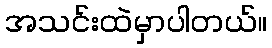
အသင်းထဲမှာပါတယ်။